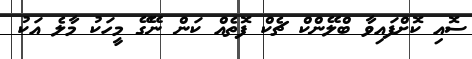
ސޮއި ކޮށްފައިވާ ބްލޭންކް ޗެކް ފޮތެއް ކަން ނޭގޭ މީހަކު މާލެ އަކު